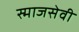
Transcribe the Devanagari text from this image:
स्माजसेवी